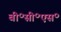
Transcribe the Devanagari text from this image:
बी॰सी॰एस॰